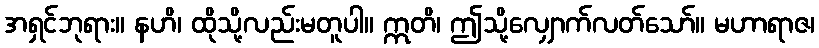
အရှင်ဘုရား။ နဟိ၊ ထိုသို့လည်းမတူပါ။ ဣတိ၊ ဤသို့လျှောက်လတ်သော်။ မဟာရာဇ၊